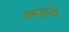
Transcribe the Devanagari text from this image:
म्हशेटे